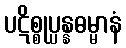
ပဋိစ္စုပ္ပန္နဓမ္မာနံ